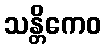
သန္တိကေဝ